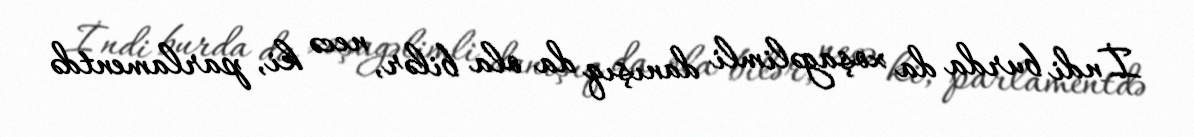
İndi burda da xoşagəlimli danışıq da ola bilər, necə ki, parlamentdə